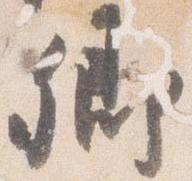
卿